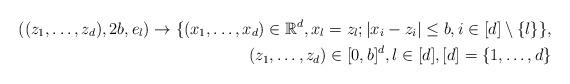
LaTeX: \begin{align*} ((z_{1},\ldots,z_{d}),2b,e_{l}) \rightarrow \{(x_{1},\ldots,x_{d}) \in \mathbb{R}^{d}, x_{l}=z_{l};|x_{i}-z_{i}|\leq b,i \in [d] \setminus \{l \} \},\\ (z_{1},\ldots,z_{d}) \in [0,b]^{d}, l\in [d], [d]= \{1,\ldots,d \}\end{align*}